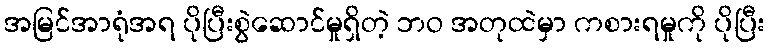
အမြင်အာရုံအရ ပိုပြီးစွဲဆောင်မှုရှိတဲ့ ဘဝ အတုထဲမှာ ကစားရမှုကို ပိုပြီး